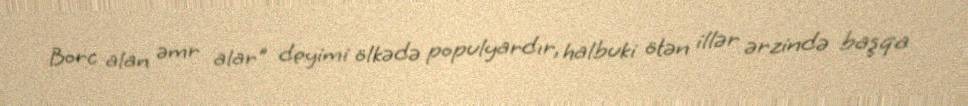
Borc alan əmr alar" deyimi ölkədə populyardır, halbuki ötən illər ərzində başqa